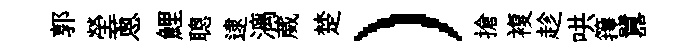
郭塋蔥鯉聰逮漓葳楚）搶複趁哄籜囂